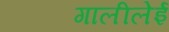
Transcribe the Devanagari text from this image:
गालीलेई